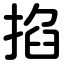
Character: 掐